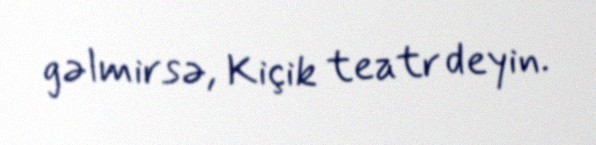
gəlmirsə, Kiçik teatr deyin.